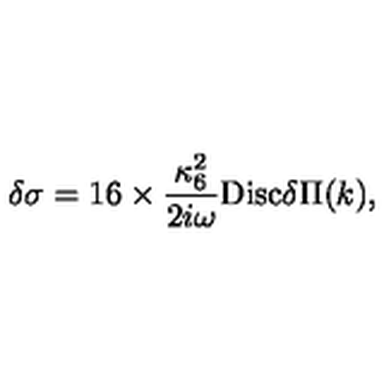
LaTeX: \delta \sigma = 1 6 \times \frac { \kappa _ { 6 } ^ { 2 } } { 2 i \omega } \mathrm { D i s c } \delta \Pi ( k ) ,